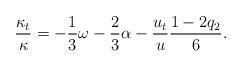
LaTeX: \begin{align*}\frac{\kappa_t}{\kappa} = -\frac{1}{3}\omega -\frac{2}{3}\alpha -\frac{u_t}{u}\frac{1-2q_2}{6}.\end{align*}